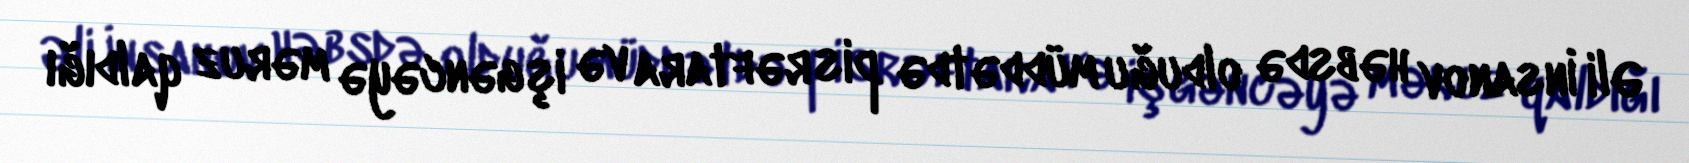
Əli İnsanov həbsdə olduğu müddətdə pis rəftara və işgəncəyə məruz qaldığı